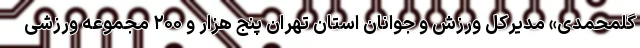
گلمحمدی» مدیرکل ورزش و جوانان استان تهران پنج هزار و ۲۰۰ مجموعه ورزشی